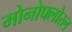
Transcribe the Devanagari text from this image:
मोनोफ्लोरल